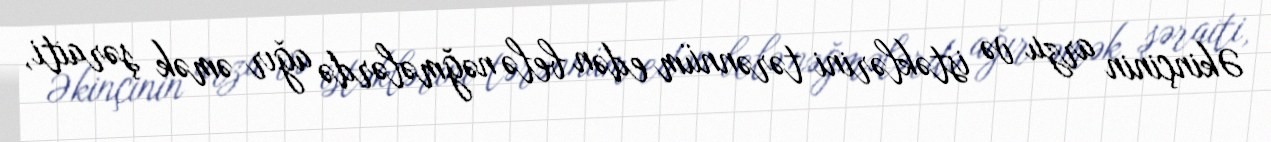
Əkinçinin arzu və istəklərini tərənnüm edən belə nəğmələrdə ağır əmək şəraiti,